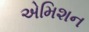
એમિશન